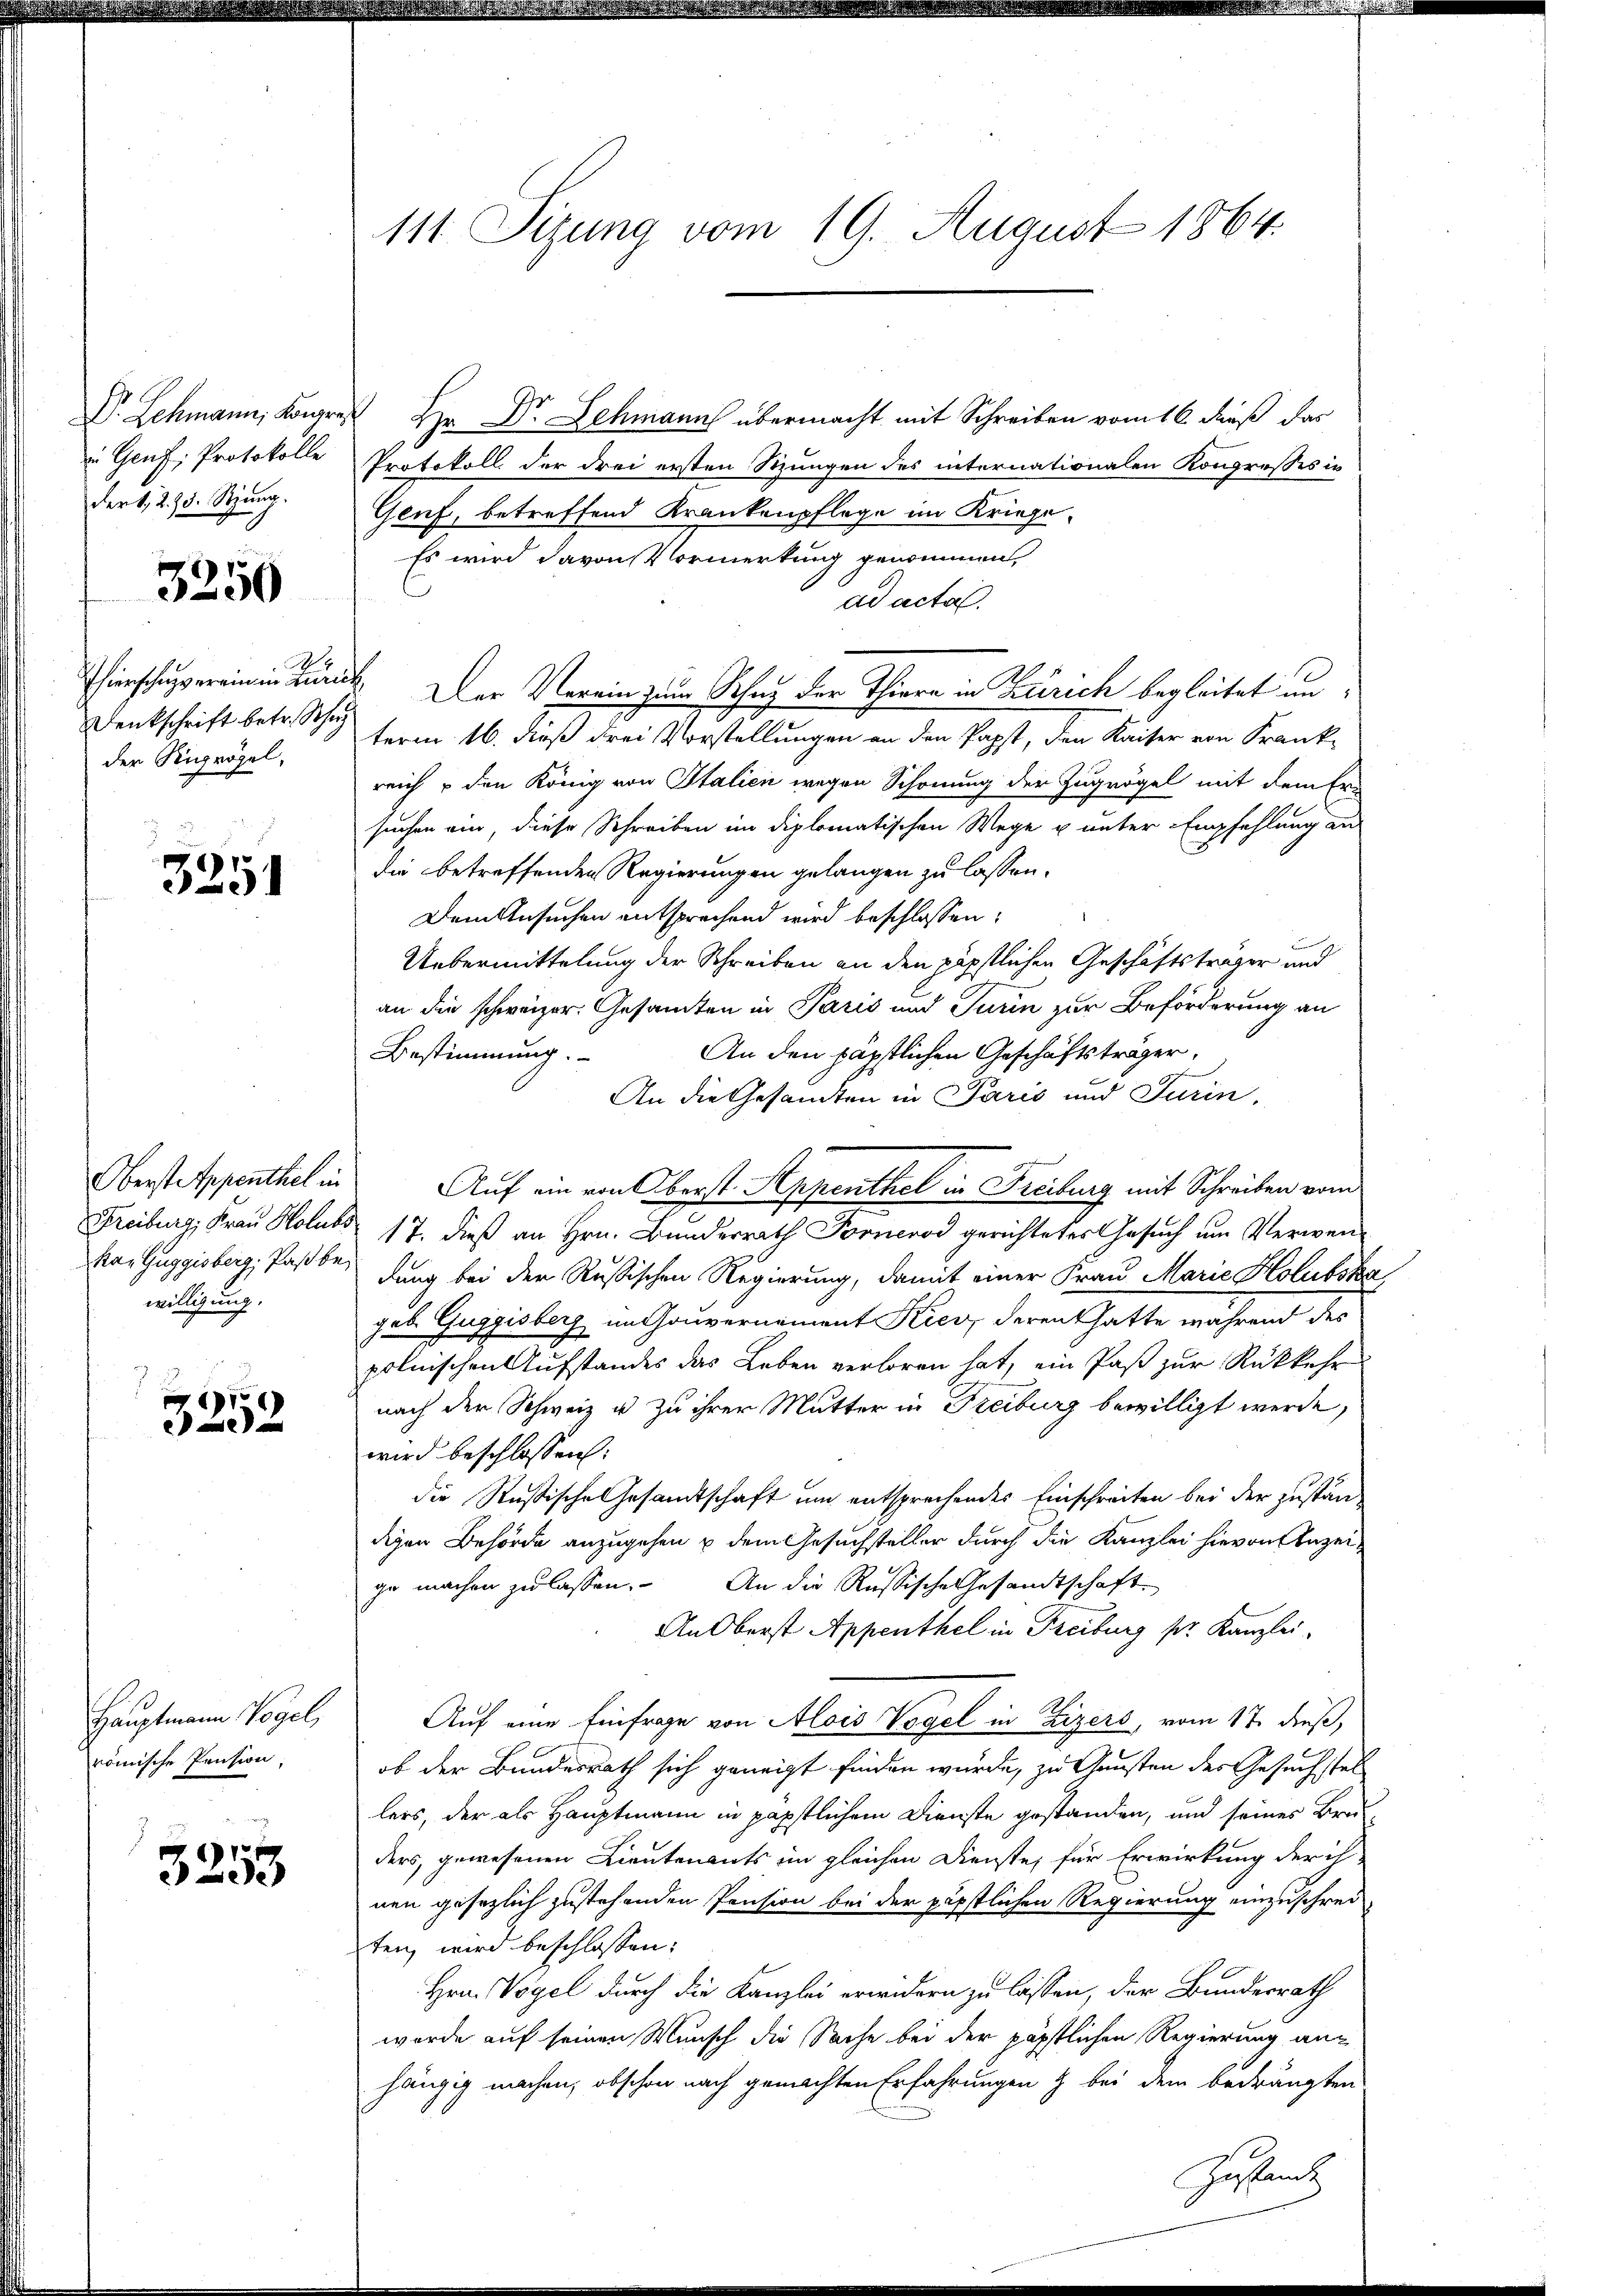
Pr. Schmann, Kongre
in Genf, Protokolle
dert. 2. 5. Stzung.

3250

Thierschung er ein in Tur
Denkschrift betr. Scher
der Sigrögel,

3251

Oberst Appenthel in
Freiburg, Frau Holubs
kar Guggisberg, Paßbe
willigung.

e
x

Hauptmann Vogel,
römische Pension.

3255

111 Sizung vom 19. August 1864.

Hr Dr. Lehmann übermacht mit Schreiben vom 16. dieß das
Protokoll der drei ersten Sitzungen des internationalen Kongresses in
Genf, betreffend Krankenpflege im Kriege¬
Es wird davon Vormerkung genommen,
ad acta.
 Der Verein zum Schaz der Thiera in Zürich begleitet un
term 16. daß drei Vorstellungen an den Papst, den Kaiser von Frank
reich & den König von Italien wegen Schonung der Zugrögel mit dem Er-
suchen ein, diese Schreiben im diplomatischen Wege u unter Empfehlung aus
die betreffenden Regierungen gelangen zu lassen.
Dem Ansuchen entsprechend wird beschlossen:
Uebermittelung der Schreiben an den päpstlichen Geschäftsträger und
an die schweizer. Gesamten in Paris und Turin zur Beförderung an
Bestimmung.
An den päpstlichen Geschäftsträger,
An die Gesandten in Paris und Turin
Auf ein von Oberst Appenthel in Freiburg mit Schreiben vom
17. dieß an Hrn. Bundesrath Fornerod gerichtetes Gesuch um Verwendung bei der Rußischen Regierung, damit einer Frau Marie Holubska
geb. Guggisberg im Gouvernoment Kies, derent hatte während des
polnischen Aufstandes das Leben verloren hat, ein Past zur Rükkehr
nach der Schweiz u. zu ihrer Mutter in Freiburg bewilligt werde,
wird beschlossen:
die Rußische Gesandtschaft um entsprechendes Einschreiten bei der zustän-
digen Behörde anzugehen u dem Gesuchsteller durch die Kanzlei hievon Anzeige machen zu lassen. An die Russische Gesandtschaft
An Oberst Appenthel in Freiburg pr. Kanzlei,
Auf eine Einfrage von Alois Vogel in Zizers, vom 17. dieß,
b
ob der Bundesrath sich geneigt finden wurde, zu Gunsten des Gesuchstel
lers, der als Hauptmann in päpstlichem Dienste gestanden, und seines Bru-
ders, gewesenen Lieutenants im gleichen Dienste, für Erwirkung der ih
nen gesezlich zustehenden Pension bei der päpstlichen Regierung einzuschreiten, wird beschlossen:
Hrn. Vogel durch die Kanzlei erwidern zu lassen, der Bundesrath
wurde auf seinen Wunsch die Sache bei der päpstlichen Regierung anhängig machen, obschon nach gemachten Erfahrungen & bei dem bedrängten
Gesamt